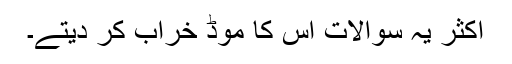
اکثر یہ سوالات اس کا موڈ خراب کر دیتے۔